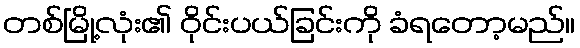
တစ်မြို့လုံး၏ ဝိုင်းပယ်ခြင်းကို ခံရတော့မည်။